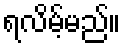
ရလိမ့်မည်။